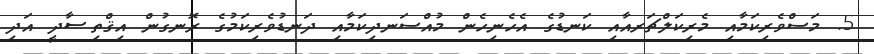
5. މަސްވެރިކަމާއި މެރިކަލްޗަރއާއި ކަނޑުގެ އެހެނިހެން މުއްސަނދިކަމާއި ދަނޑުވެރިކަމުގެ ރޮނގުން އިޤްތިޞާދީ އަދި